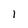
Character: 1